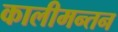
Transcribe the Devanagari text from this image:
कालीमन्तन